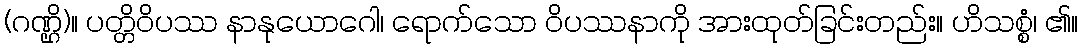
(ဂဏ္ဌိ)။ ပတ္တိဝိပဿ နာနုယောဂေါ၊ ရောက်သော ဝိပဿနာကို အားထုတ်ခြင်းတည်း။ ဟိသစ္စံ၊ ၏။